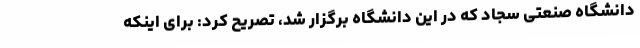
دانشگاه صنعتی سجاد که در این دانشگاه برگزار شد، تصریح کرد: برای اینکه